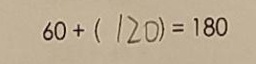
6 0 + ( 1 2 0 ) = 1 8 0